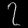
Digit: ၇